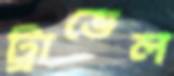
ট্রাভেল